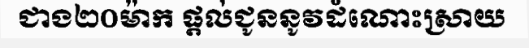
ជាង២០ម៉ាក ផ្តល់ជូននូវដំណោះស្រាយ